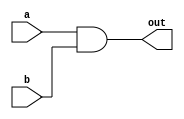
module Q2_submod #(
    parameter WIDTH = 64
) (
    input [WIDTH-1:0] a,
    input [WIDTH-1:0]b,
    output [WIDTH-1:0] out
);
    assign out = a & b;
endmodule